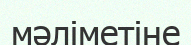
мәліметіне